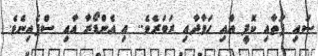
ސައި ފަތާއި ކޮފީ އާއި ހަވާދާއި ރަބަރެވެ.. އި އެންޑޯރާ އާއި ސްޕެއިނެވެ.